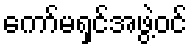
ကော်မရှင်အဖွဲ့ဝင်